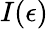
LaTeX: I(\epsilon)